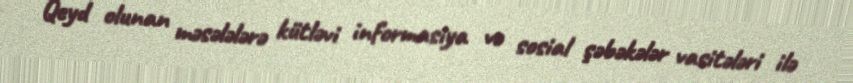
Qeyd olunan məsələlərə kütləvi informasiya və sosial şəbəkələr vasitələri ilə